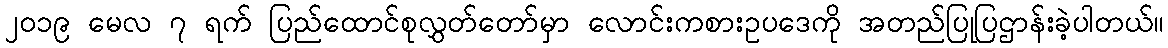
၂၀၁၉ မေလ ၇ ရက် ပြည်ထောင်စုလွှတ်တော်မှာ လောင်းကစားဥပဒေကို အတည်ပြုပြဌာန်းခဲ့ပါတယ်။